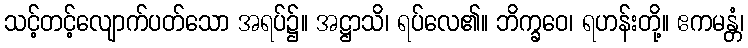
သင့်တင့်လျောက်ပတ်သော အရပ်၌။ အဋ္ဌာသိ၊ ရပ်လေ၏။ ဘိက္ခဝေ၊ ရဟန်းတို့။ ဧကမန္တံ၊